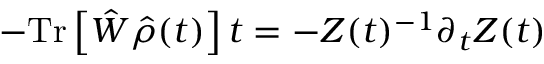
- \mathrm { T r } \left[ \hat { W } \hat { \rho } ( t ) \right] t = - Z ( t ) ^ { - 1 } \partial _ { t } Z ( t )